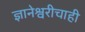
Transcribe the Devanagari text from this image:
ज्ञानेश्वरीचाही